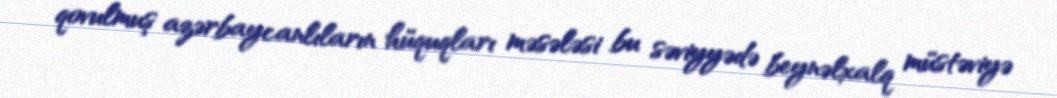
qovulmuş azərbaycanlıların hüquqları məsələsi bu səviyyədə beynəlxalq müstəviyə